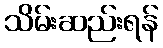
သိမ်းဆည်းရန်